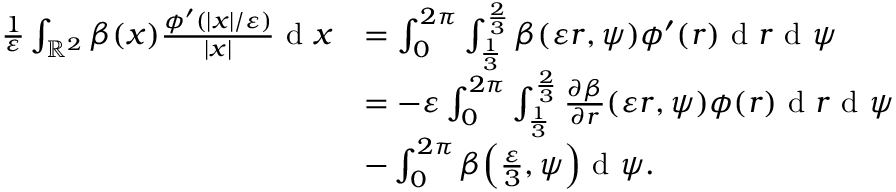
\begin{array} { r l } { \frac { 1 } { \varepsilon } \int _ { \mathbb { R } ^ { 2 } } \beta ( x ) \frac { \phi ^ { \prime } ( | x | / \varepsilon ) } { | x | } \textrm { d } x } & { = \int _ { 0 } ^ { 2 \pi } \int _ { \frac { 1 } { 3 } } ^ { \frac { 2 } { 3 } } \beta ( \varepsilon r , \psi ) \phi ^ { \prime } ( r ) \textrm { d } r \textrm { d } \psi } \\ & { = - \varepsilon \int _ { 0 } ^ { 2 \pi } \int _ { \frac { 1 } { 3 } } ^ { \frac { 2 } { 3 } } \frac { \partial \beta } { \partial r } ( \varepsilon r , \psi ) \phi ( r ) \textrm { d } r \textrm { d } \psi } \\ & { - \int _ { 0 } ^ { 2 \pi } \beta \Big ( \frac { \varepsilon } { 3 } , \psi \Big ) \textrm { d } \psi . } \end{array}